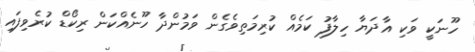
ހޫނަކީ ވަކި އާދަޔާ ހިލާފު ކަމެއް ކުރިމަތިވެގެން ވަމުންދާ ހޫނެއްކަން ރިކޯޑް ކުރެވިފައި